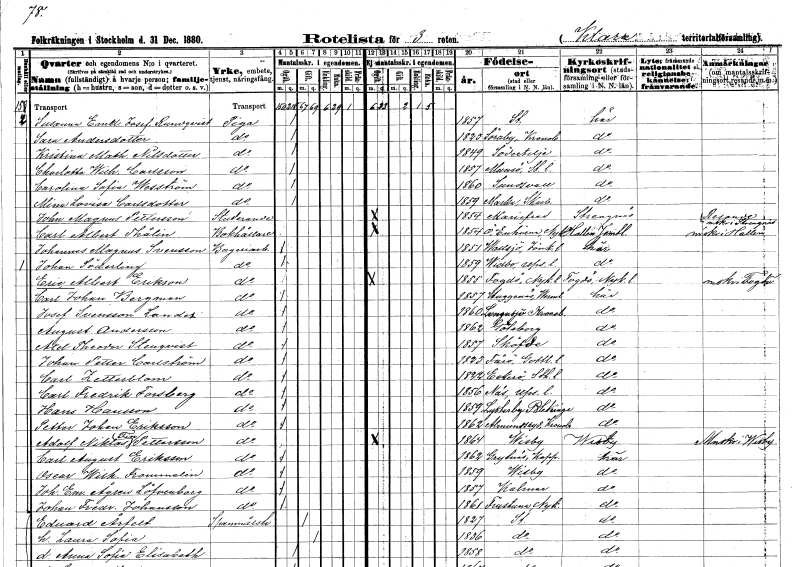
gt_parse: households: individuals: FN: Susanna Emel. Josefina
EN: Rundqvist
YRKE: Piga
KON: K
CIV: O
FODAR: 1857
FODFORS: Stockholm
FN: Sara
EN: Andersdotter
YRKE: Piga
KON: K
CIV: O
FODAR: 1823
FODFORS: Söraby Kronobergs län
FN: Kristina Mathilda
EN: Nilsdotter
YRKE: Piga
KON: K
CIV: O
FODAR: 1849
FODFORS: Södertälje Stockholms län
FN: Charlotta Wilhelmina
EN: Carlsson
YRKE: Piga
KON: K
CIV: O
FODAR: 1857
FODFORS: Munsö Stockholms län
FN: Carolina Sofia
EN: Wesström
YRKE: Piga
KON: K
CIV: O
FODAR: 1860
FODFORS: Sundsvall Västernorrlands län
FN: Mina Lovisa
EN: Carlsdotter
YRKE: Piga
KON: K
CIV: O
FODAR: 1859
FODFORS: Marka Skaraborgs län
FN: John Magnus
EN: Pettersson
YRKE: Studerande
KON: M
CIV: O
FODAR: 1854
FODFORS: Mariefred Södermanlands län
FN: Carl Albert
EN: Thålin
YRKE: Bokhållare
KON: M
CIV: O
FODAR: 1854
FODFORS: Överenhörna Stockholms län
FN: Johannes Magnus
EN: Svensson
YRKE: Bageriarbetare
KON: M
CIV: O
FODAR: 1851
FODFORS: Vallsjö Jönköpings län
FN: Johan
EN: Söderling
YRKE: Bageriarbetare
KON: M
CIV: O
FODAR: 1859
FODFORS: Vidbo Stockholms län
FN: Eric Albert
EN: Erikson
YRKE: Bageriarbetare
KON: M
CIV: O
FODAR: 1855
FODFORS: Fogdö Södermanlands län
FN: Carl Johan
EN: Bergman
YRKE: Bageriarbetare
KON: M
CIV: O
FODAR: 1857
FODFORS: Huggenäs Värmlands län
FN: Josef
EN: Svensson Lander
YRKE: Bageriarbetare
KON: M
CIV: O
FODAR: 1860
FODFORS: Långasjö Kalmar län
FN: August
EN: Andersson
YRKE: Bageriarbetare
KON: M
CIV: O
FODAR: 1862
FODFORS: Göteborg Göteborgs- och Bohuslän
FN: Axel Theodor
EN: Stenqvist
YRKE: Bageriarbetare
KON: M
CIV: O
FODAR: 1857
FN: Johan Petter
EN: Carlström
YRKE: Bageriarbetare
KON: M
CIV: O
FODAR: 1823
FODFORS: Fårö Gotlands län
FN: Carl
EN: Zetterblom
YRKE: Bageriarbetare
KON: M
CIV: O
FODAR: 1822
FODFORS: Ekerö Stockholms län
FN: Carl Fredrik
EN: Forsberg
YRKE: Bageriarbetare
KON: M
CIV: O
FODAR: 1856
FODFORS: Näs Uppsala län
FN: Hans
EN: Hansson
YRKE: Bageriarbetare
KON: M
CIV: O
FODAR: 1859
FODFORS: Listerby Blekinge län
FN: Petter Johan
EN: Eriksson
YRKE: Bageriarbetare
KON: M
CIV: O
FODAR: 1862
FODFORS: Almundsryd Kronobergs län
FN: Adolf Niklas
EN: Fin Pettersson
YRKE: Bageriarbetare
KON: M
CIV: O
FODAR: 1864
FODFORS: Visby Gotlands län
FN: Carl August
EN: Eriksson
YRKE: Bageriarbetare
KON: M
CIV: O
FODAR: 1862
FODFORS: Grytnäs Kopparbergs län
FN: Oscar Wilhelm
EN: Frommelin
YRKE: Bageriarbetare
KON: M
CIV: O
FODAR: 1859
FODFORS: Visby Gotlands län
FN: Johan Emil
EN: Ågren Löfvenborg
YRKE: Bageriarbetare
KON: M
CIV: O
FODAR: 1857
FODFORS: Kalmar Kalmar län
FN: Johan Fredrik
EN: Johansson
YRKE: Bageriarbetare
KON: M
CIV: O
FODAR: 1861
FODFORS: Frustuna Södermanlands län
FN: Edvard
EN: Årfelt
YRKE: Spannmålshandlande
KON: M
CIV: G
FODAR: 1827
FODFORS: Stockholm
FN: Laura Sofia
KON: K
CIV: G
FODAR: 1836
FODFORS: Stockholm
FN: Anna Sofia Elisabeth
KON: K
CIV: O
FODAR: 1858
FODFORS: Stockholm